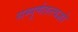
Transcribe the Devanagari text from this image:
सम्पूर्णतत्त्वज्ञो